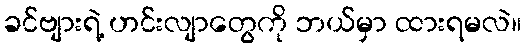
ခင်ဗျားရဲ့ ဟင်းလျာတွေကို ဘယ်မှာ ထားရမလဲ။